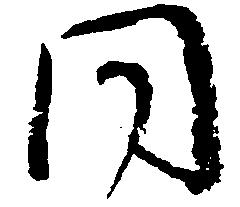
同